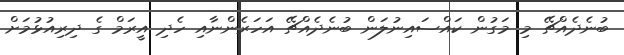
ބުނެދެއްޗޭ މި މަގުން ކައްސައިނުލަން ބުނެދެއްޗޭ އަހަރެންނާއި ހެދި އީރަމް ގެ ދިރިއުޅުމަށް